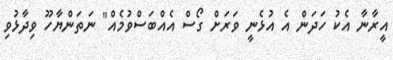
އީރާނާ އެކު ހަދަން އެ އުޅެނީ ވަރަށް ގޯސް އެއްބަސްވުމެއް" ނަތަންޔާހޫ ވިދާޅުވި